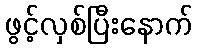
ဖွင့်လှစ်ပြီးနောက်